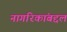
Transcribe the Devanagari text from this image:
नागरिकांबद्दल